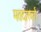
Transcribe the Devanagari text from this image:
मतदारवर्ग